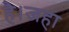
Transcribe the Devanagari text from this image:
है।जहा